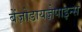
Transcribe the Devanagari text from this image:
बेंज़ोडायज़ेपाइन्स